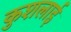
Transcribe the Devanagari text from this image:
कुशलाई